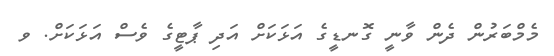
މެމްބަރުން ދެން ވާނީ ގޮނޑީގެ އަޅަކަށް އަދި ޕާޓީގެ ވެސް އަޅަކަށް. ވ